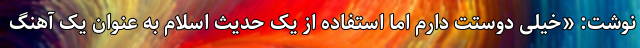
نوشت: «خیلی دوستت دارم اما استفاده از یک حدیث اسلام به عنوان یک آهنگ